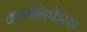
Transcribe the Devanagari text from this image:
कार्बनिफेरस